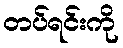
တပ်ရင်းကို